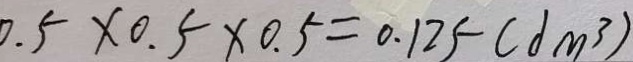
0 . 5 \times 0 . 5 \times 0 . 5 = 0 . 1 2 5 ( d m ^ { 3 } )